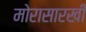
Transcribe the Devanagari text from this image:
मोरासारखी